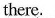
there.